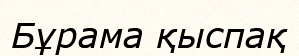
Бұрама қыспақ